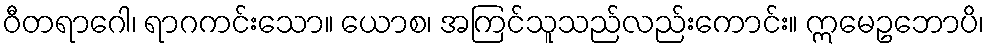
ဝီတရာဂေါ၊ ရာဂကင်းသော။ ယောစ၊ အကြင်သူသည်လည်းကောင်း။ ဣမေဥဘောပိ၊